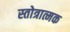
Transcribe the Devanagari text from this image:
स्तोत्रात्मक